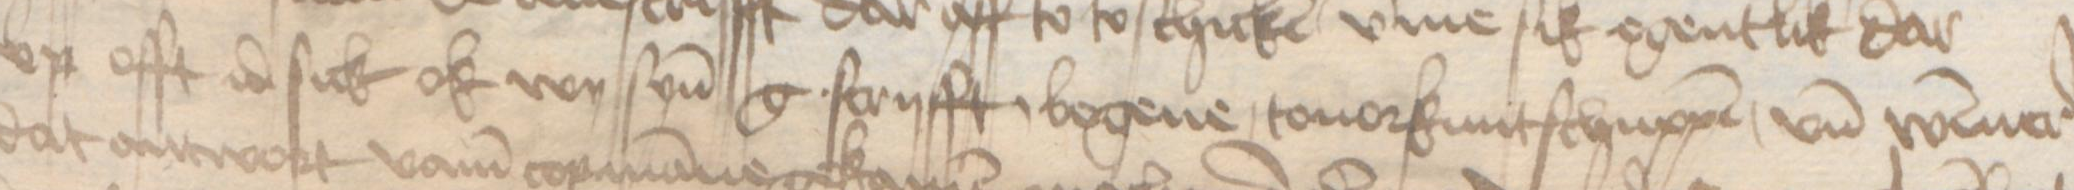
vp offt id sick ok wy syn g. scryfft, bogene, touorkuntschuppen, vnd Wismer